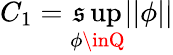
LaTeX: C_{1}=\operatorname*{\mathfrak{s}up}_{\phi\inQ}||\phi||